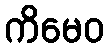
ကိမေဝ